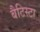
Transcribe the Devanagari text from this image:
बैटिस्टा